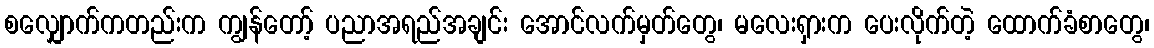
စလျှောက်ကတည်းက ကျွန်တော့် ပညာအရည်အချင်း အောင်လက်မှတ်တွေ၊ မလေးရှားက ပေးလိုက်တဲ့ ထောက်ခံစာတွေ၊